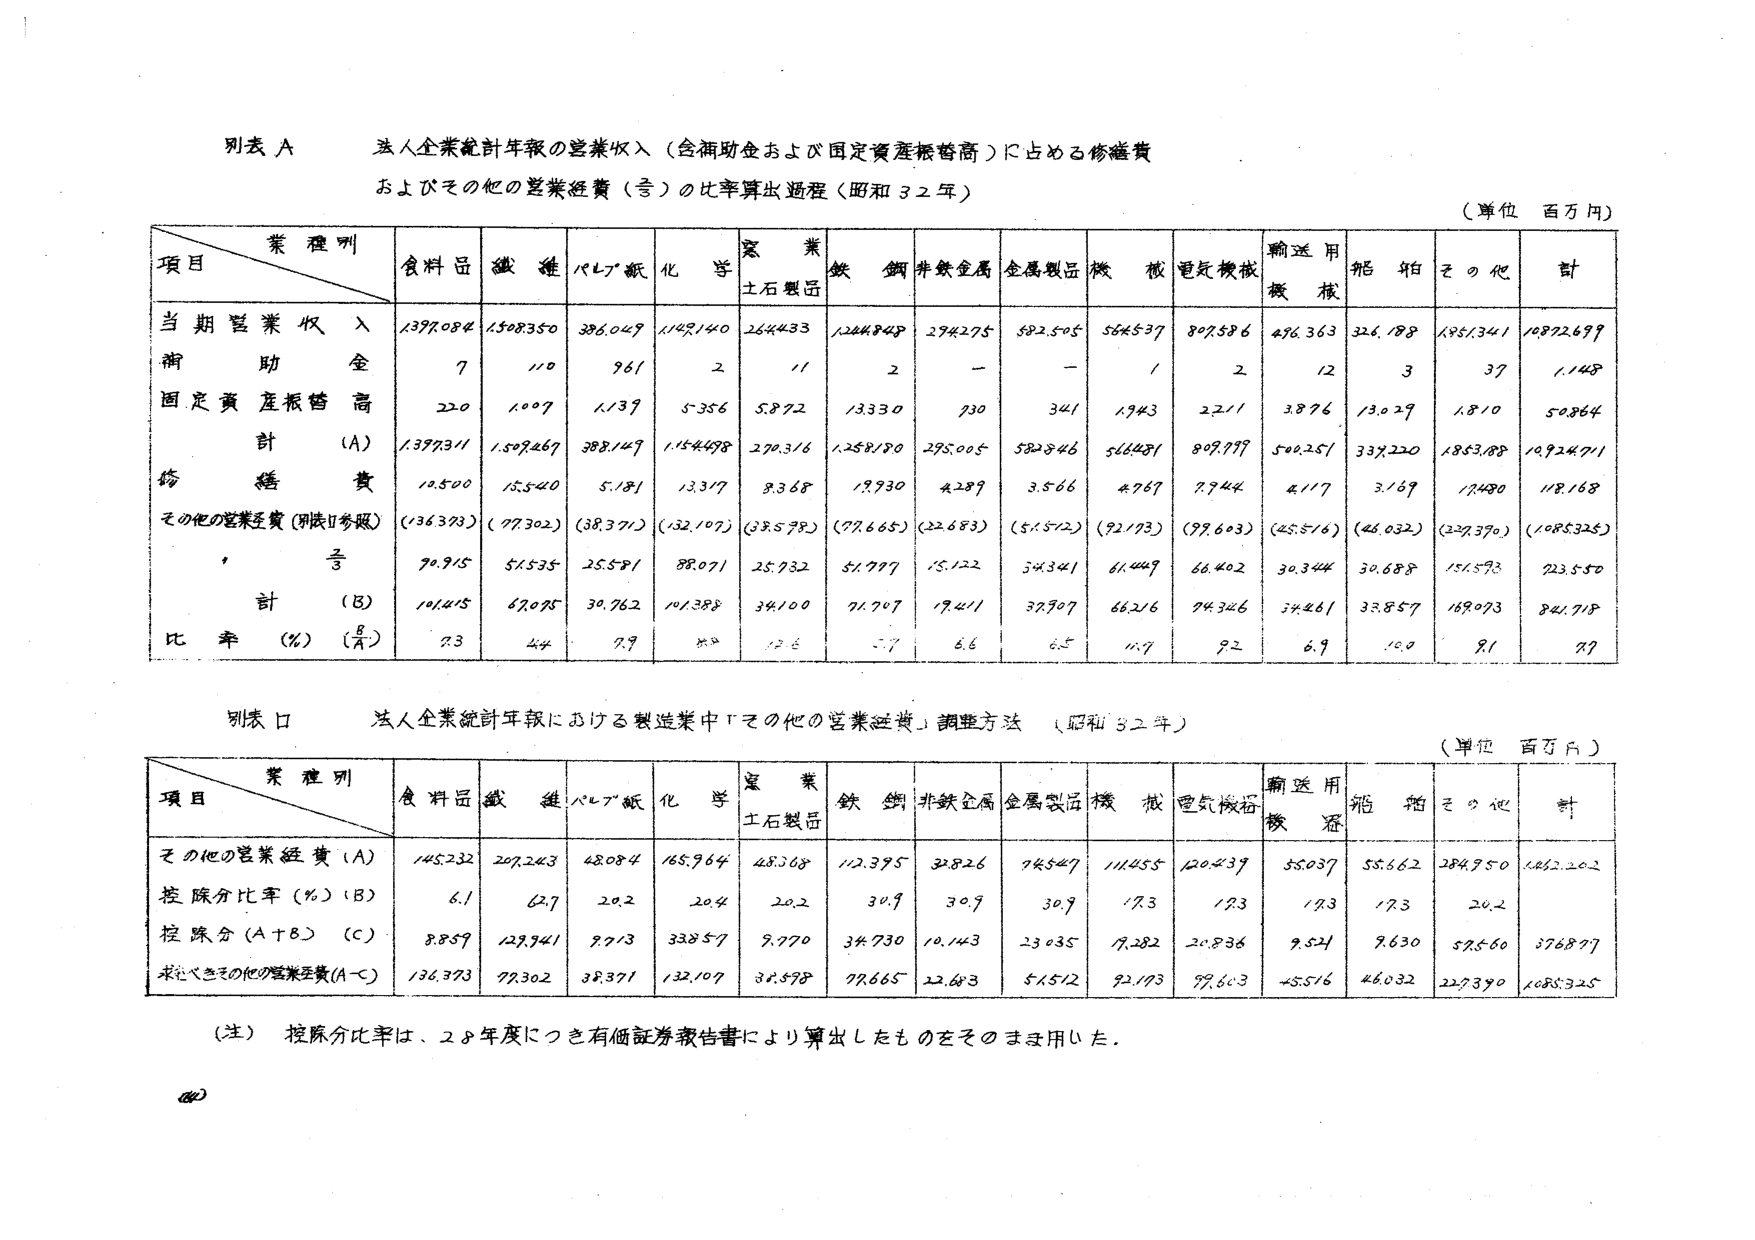
別表 A
法人企業統計年報の営業収入（金補助金および固定資産帳簿高）に占める修繕費
およびその他の営業経費（含）の比率算出過程（昭和32年）
（単位 百万円）

業種別
項目　　　　　　食料品　繊維　パルプ紙　化学　窯業土石製品　鉄鋼　非鉄金属　金属製品　機械　電気機械　輸送用機械　船舶　その他　計

当期営業収入　1397.084　1508.350　386.049　1149.140　264.433　1244.848　274.275　582.505　554.537　807.586　476.363　326.188　1851.341　16872.699
補助金　　　　　7　　　　110　　　961　　　2　　　11　　　2　　　－　　　－　　　1　　　2　　　12　　　3　　　37　　　1148
固定資産帳簿高　22.0　　1007　　　1139　　　5356　　　5872　　　1333.0　　930　　　341　　　1943　　　2211　　　3876　　　13029　　　1810　　　50864
計（A）　　　　1397.311　1509.467　388.149　1154.498　270.316　1258.780　295.005　582.846　566.481　809.799　500.251　339.220　1853.088　16924.711
修繕費　　　　　12.500　　15.540　　5.181　　　13.317　　9.368　　　19.930　　4.289　　　3.566　　4.769　　　7.744　　4.117　　　3.169　　　12.480　　118.168
その他の営業経費（別表Ⅱ参照）　（136.373）　（77.302）　（38.371）　（132.107）　（38.578）　（77.665）　（22.683）　（51.512）　（92.173）　（99.603）　（45.516）　（46.032）　（227.390）　（1685.325）
　　合計（B）　　101.415　　67.085　　30.762　　101.388　　34.100　　71.707　　19.411　　37.907　　66.216　　94.346　　34.261　　33.857　　169.073　　841.718
比率（％）（B/A）　7.3　　　4.4　　　7.9　　　8.8　　　12.6　　　5.7　　　6.6　　　6.5　　　11.7　　　9.2　　　6.9　　　10.0　　　9.1　　　7.7

別表 B
法人企業統計年報における製造業中「その他の営業経費」調整方法（昭和32年）
（単位 百万円）

業種別
項目　　　　　　食料品　繊維　パルプ紙　化学　窯業土石製品　鉄鋼　非鉄金属　金属製品　機械　電気機械　輸送用機械　船舶　その他　計

その他の営業経費（A）　145.232　207.243　48.084　165.964　48.368　112.395　32.826　74.547　111.455　120.439　55.037　55.662　284.950　1682.202
控除分比率（％）（B）　6.1　　　6.7　　　20.2　　　20.4　　　20.2　　　30.9　　　30.9　　　30.9　　　17.3　　　17.3　　　17.3　　　17.3　　　20.2
控除分（A＋B）（C）　8.859　　127.941　9.713　　33.857　　9.770　　34.730　　10.143　　23.035　　19.282　　20.836　　9.521　　9.630　　57.560　　376.877
求むべきその他の営業経費（A－C）　136.373　79.302　38.371　132.107　38.598　77.665　22.683　51.512　92.173　99.603　45.516　46.032　227.390　1685.325

（注）控除分比率は、28年度につき有価証券報告書により算出したものをそのまま用いた。